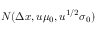
N ( \Delta x , u \mu _ { 0 } , u ^ { 1 / 2 } \sigma _ { 0 } )